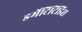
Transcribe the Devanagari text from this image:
डर्मेटिटिडिस